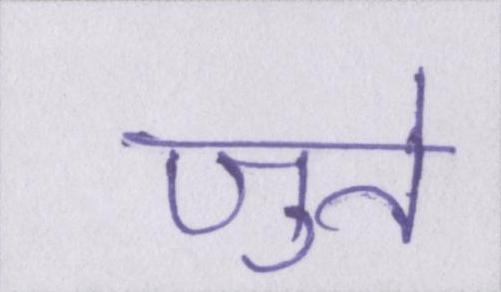
जुते